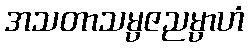
အသတာသမ္ပဇညမ္ပာဟံ